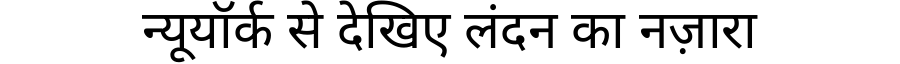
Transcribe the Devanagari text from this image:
न्यूयॉर्क से देखिए लंदन का नज़ारा